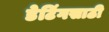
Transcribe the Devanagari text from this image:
डेटिंगसाठी